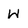
Character: W